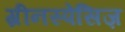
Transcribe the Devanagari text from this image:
ग्रीनस्पेसिज़